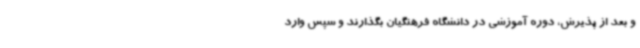
و بعد از پذیرش، دوره آموزشی در دانشگاه فرهنگیان بگذارند و سپس وارد